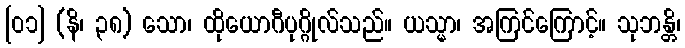
[၀၁] (နိ၊ ၃၈) သော၊ ထိုယောဂီပုဂ္ဂိုလ်သည်။ ယသ္မာ၊ အကြင်ကြောင့်။ သုဘန္တိ၊